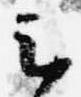
云